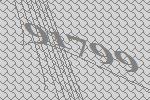
91799